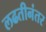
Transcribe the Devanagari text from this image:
लढतीनंतर